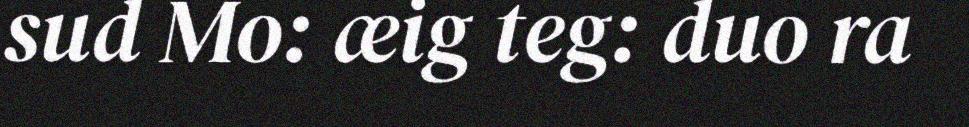
sud Mo: æig teg: duo ra